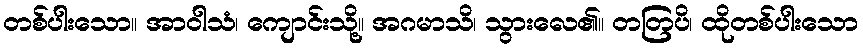
တစ်ပါးသော။ အာဝါသံ၊ ကျောင်းသို့။ အဂမာသိ၊ သွားလေ၏။ တတြပိ၊ ထိုတစ်ပါးသော